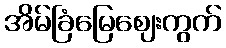
အိမ်ခြံမြေဈေးကွက်